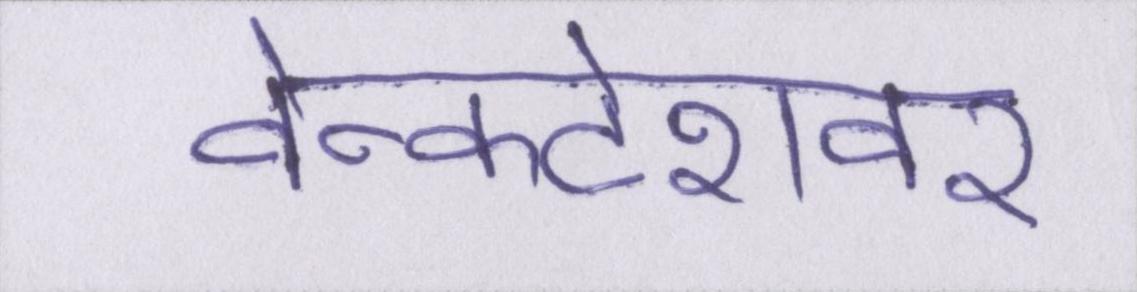
वेन्कटेशवर